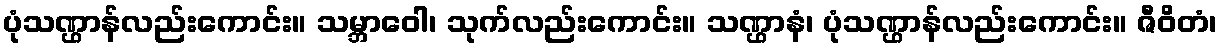
ပုံသဏ္ဌာန်လည်းကောင်း။ သမ္ဘာဝေါ၊ သုက်လည်းကောင်း။ သဏ္ဌာနံ၊ ပုံသဏ္ဌာန်လည်းကောင်း။ ဇီဝိတံ၊